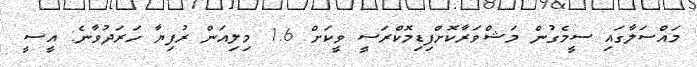
މައްސަލާގައި ސީމެގުން މަޝްވަރާކޮށްފިޑިމޮކްރަސީ ވީކަށް 1.6 މިލިއަން ރުފިޔާ ހަރަދުވާނެ: އީސީ